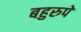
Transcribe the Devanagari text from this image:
बहुरुपे